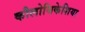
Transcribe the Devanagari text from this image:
कौलोथिकेशिया